Civil Veterinary Dept. North-West Frontier Province 1933-46 - 1933-1946
Year: 1933
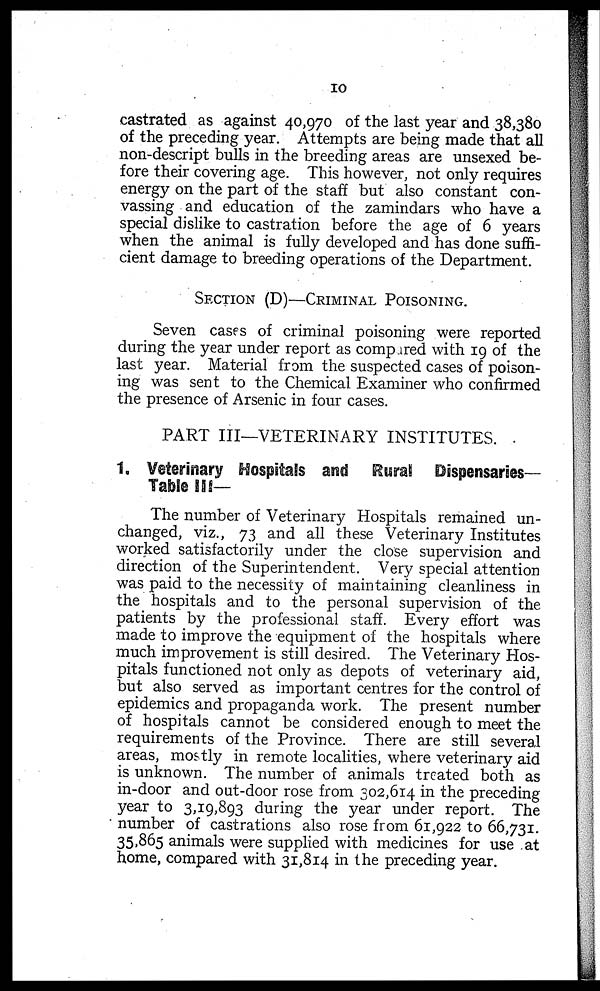
10
castrated as against 40,970 of the last year and 38,380
of the preceding year. Attempts are being made that all
non-descript bulls in the breeding areas are unsexed be-
fore their covering age. This however, not only requires
energy on the part of the staff but also constant con-
vassing and education of the zamindars who have a
special dislike to castration before the age of 6 years
when the animal is fully developed and has done suffi-
cient damage to breeding operations of the Department.
SECTION (D)—CRIMINAL POISONING.
Seven cases of criminal poisoning were reported
during the year under report as compared with 19 of the
last year. Material from the suspected cases of poison-
ing was sent to the Chemical Examiner who confirmed
the presence of Arsenic in four cases.
PART III—VETERINARY INSTITUTES.
1. Veterinary Hospitals and Rural Dispensaries-
Table III—
The number of Veterinary Hospitals remained un-
changed, viz., 73 and all these Veterinary Institutes
worked satisfactorily under the close supervision and
direction of the Superintendent. Very special attention
was paid to the necessity of maintaining cleanliness in
the hospitals and to the personal supervision of the
patients by the professional staff. Every effort was
made to improve the equipment of the hospitals where
much improvement is still desired. The Veterinary Hos-
pitals functioned not only as depots of veterinary aid,
but also served as important centres for the control of
epidemics and propaganda work. The present number
of hospitals cannot be considered enough to meet the
requirements of the Province. There are still several
areas, mostly in remote localities, where veterinary aid
is unknown. The number of animals treated both as
in-door and out-door rose from 302,614 in the preceding
year to 3,19,893 during the year under report. The
number of castrations also rose from 61,922 to 66,731.
35,865 animals were supplied with medicines for use at
home, compared with 31,814 in the preceding year.